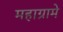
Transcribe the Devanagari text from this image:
महाग्रामे